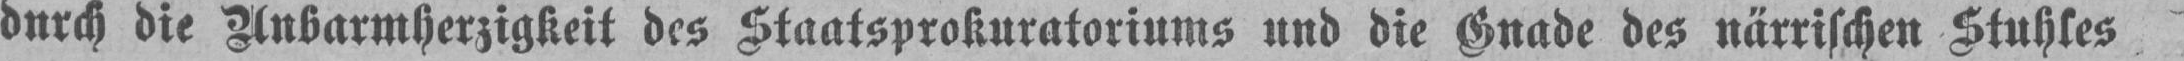
durch die Unbarmherzigkeit des Staatsprokuratoriums und die Gnade des närrischen Stuhles